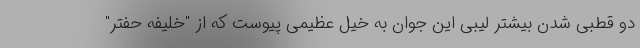
دو قطبی شدن بیشتر لیبی این جوان به خیل عظیمی پیوست که از "خلیفه حفتر"